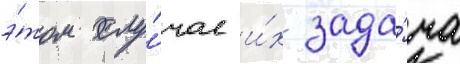
э́том слу́чае и́х зада́ча